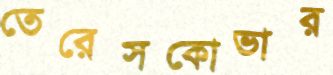
তেরেসকোভার